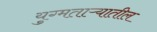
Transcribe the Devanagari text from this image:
युग्मताऱ्यातील